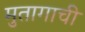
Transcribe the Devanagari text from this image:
मुतागाची